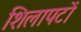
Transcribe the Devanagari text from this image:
शिलापटों